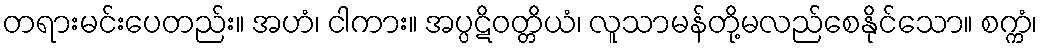
တရားမင်းပေတည်း။ အဟံ၊ ငါကား။ အပ္ပဋိဝတ္တိယံ၊ လူသာမန်တို့မလည်စေနိုင်သော။ စက္ကံ၊